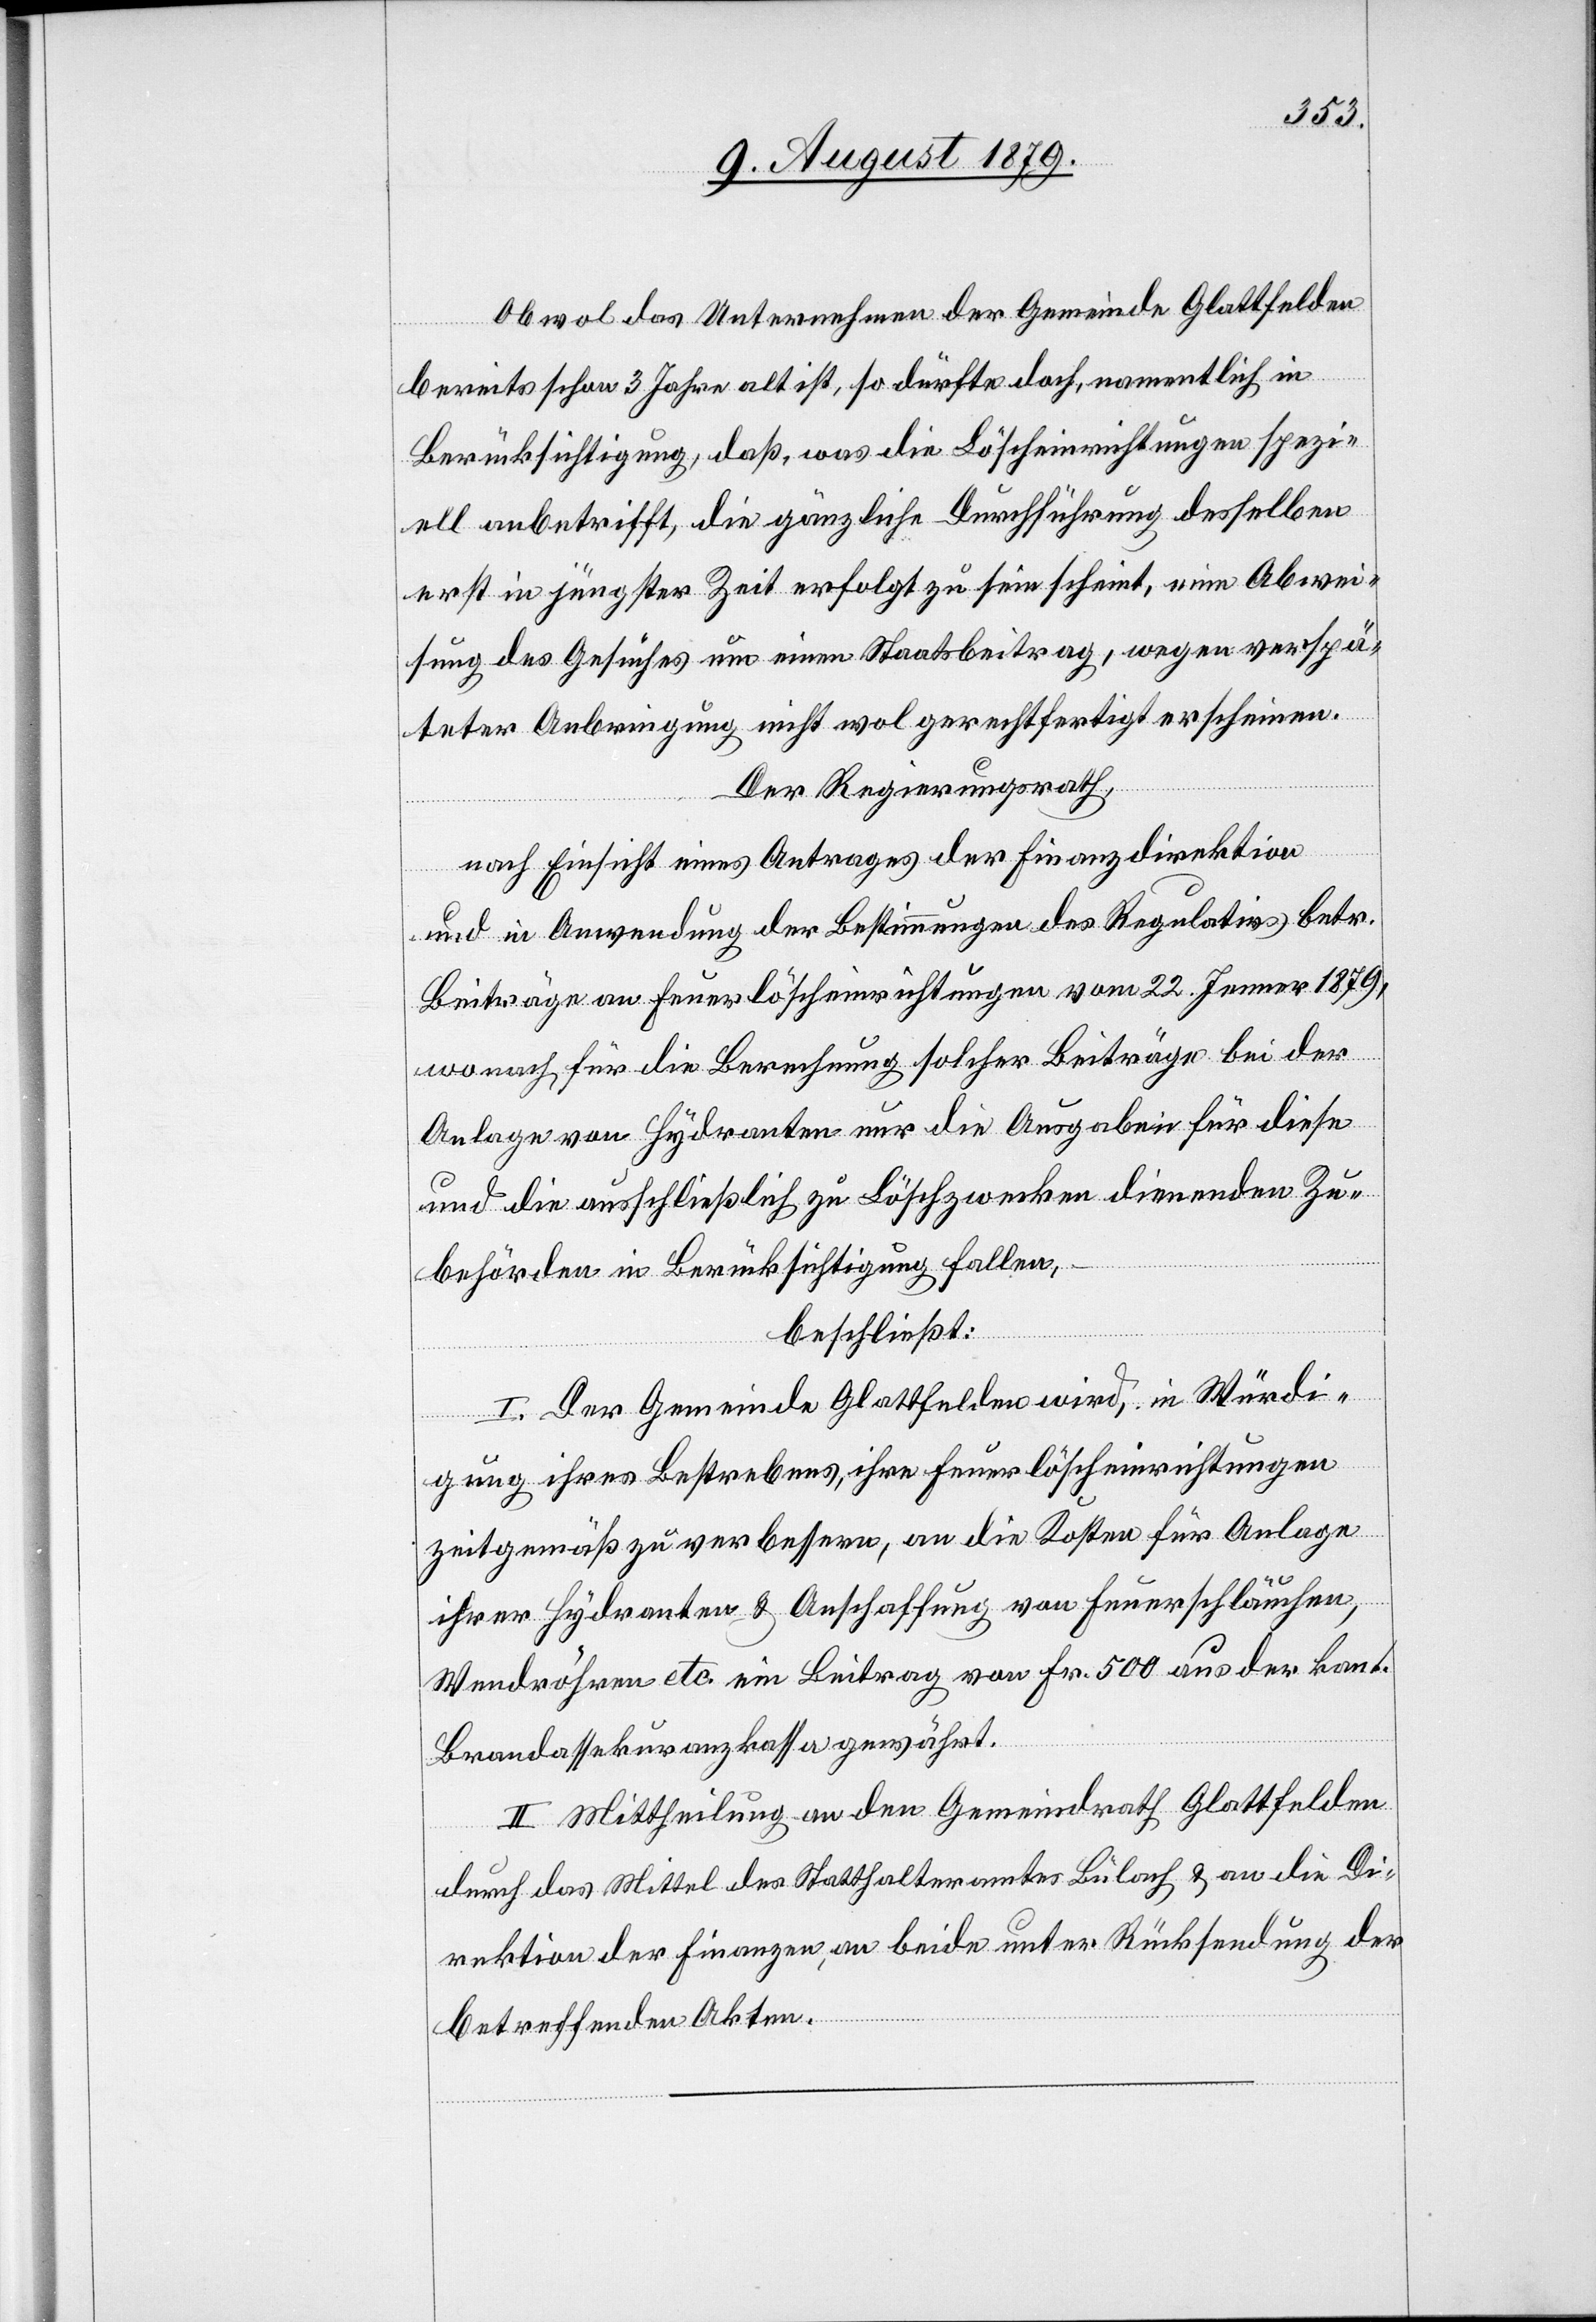
Obwol das Unternehmen der Gemeinde Glattfelden
bereits schon 3 Jahre alt ist, so dürfte doch, namentlich in
Berücksichtigung, daß, was die Löscheinrichtungen spezi¬
ell anbetrifft, die gänzliche Durchführung desselben
erst in jüngster Zeit erfolgt zu sein scheint, eine Abwei¬
sung des Gesuches um einen Staatsbeitrag, wegen verspä¬
terer Anbringung nicht wol gerechtfertigt erscheinen.
Der Regierungsrath,
nach Einsicht eines Antrages der Finanzdirektion
und in Anwendung der Bestimmungen des Regulativs betr.
Beiträge an Feuerlöscheinrichtungen vom 22. Jenner 1879,
wonach für die Berechnung solcher Beiträge bei der
Anlage von Hydranten nur die Ausgaben für diese
und die ausschließlich zu Löschzwecken dienenden Zu¬
behörden in Berücksichtigung fallen,
beschließt:
I. Der Gemeinde Glattfelden wird, in Würdi¬
gung ihres Bestrebens, ihre Feuerlöscheinrichtungen
zeitgemäß zu verbessern, an die Kosten für Anlage
ihrer Hydranten & Anschaffung von Feuerschläuchen,
Wendröhren etc. ein Beitrag von Fr. 500 aus der kant.
Brandassekuranzkassa gewährt.
II. Mittheilung an den Gemeindrath Glattfelden
durch das Mittel des Statthalteramtes Bülach & an die Di¬
rektion der Finanzen, an beide unter Rücksendung der
betreffenden Akten.